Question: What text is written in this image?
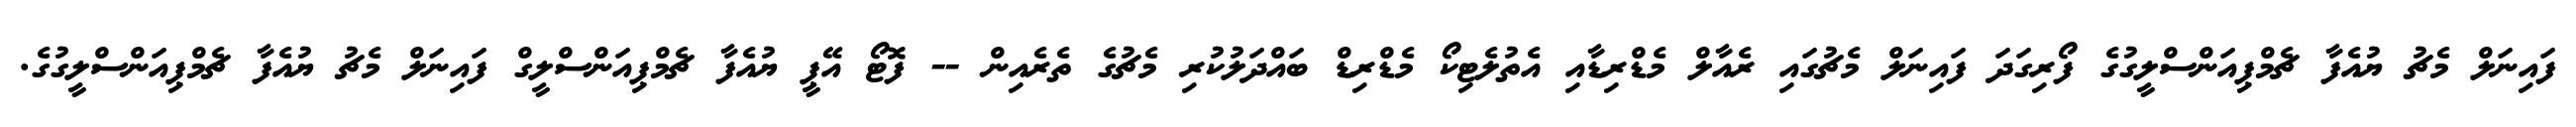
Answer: ފައިނަލް މެޗު ޔުއެފާ ޗެމްޕިއަންސްލީގުގެ ފޯރިގަދަ ފައިނަލް މެޗުގައި ރެއާލް މެޑްރިޑާއި އެތުލެޓިކޯ މެޑްރިޑް ބައްދަލުކުރި މެޗުގެ ތެރެއިން -- ފޮޓޯ އޭޕީ ޔުއެފާ ޗެމްޕިއަންސްލީގް ފައިނަލް މެޗު ޔުއެފާ ޗެމްޕިއަންސްލީގުގެ.